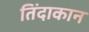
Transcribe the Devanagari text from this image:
तिंदाकान